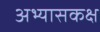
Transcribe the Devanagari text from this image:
अभ्यासकक्ष